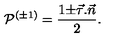
{ \cal P } ^ { ( \pm 1 ) } = \frac { 1 { \pm } \vec { \tau } . \vec { n } } { 2 } .